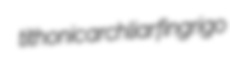
tithonic archliar fingrigo